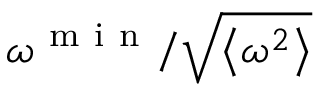
\omega ^ { \mathrm { ~ m ~ i ~ n ~ } } / \sqrt { \left\langle \omega ^ { 2 } \right\rangle }